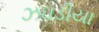
ઝઘડીયા